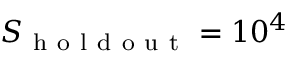
S _ { \mathrm { ~ h ~ o ~ l ~ d ~ o ~ u ~ t ~ } } = 1 0 ^ { 4 }